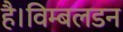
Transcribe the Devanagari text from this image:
है।विम्बलडन